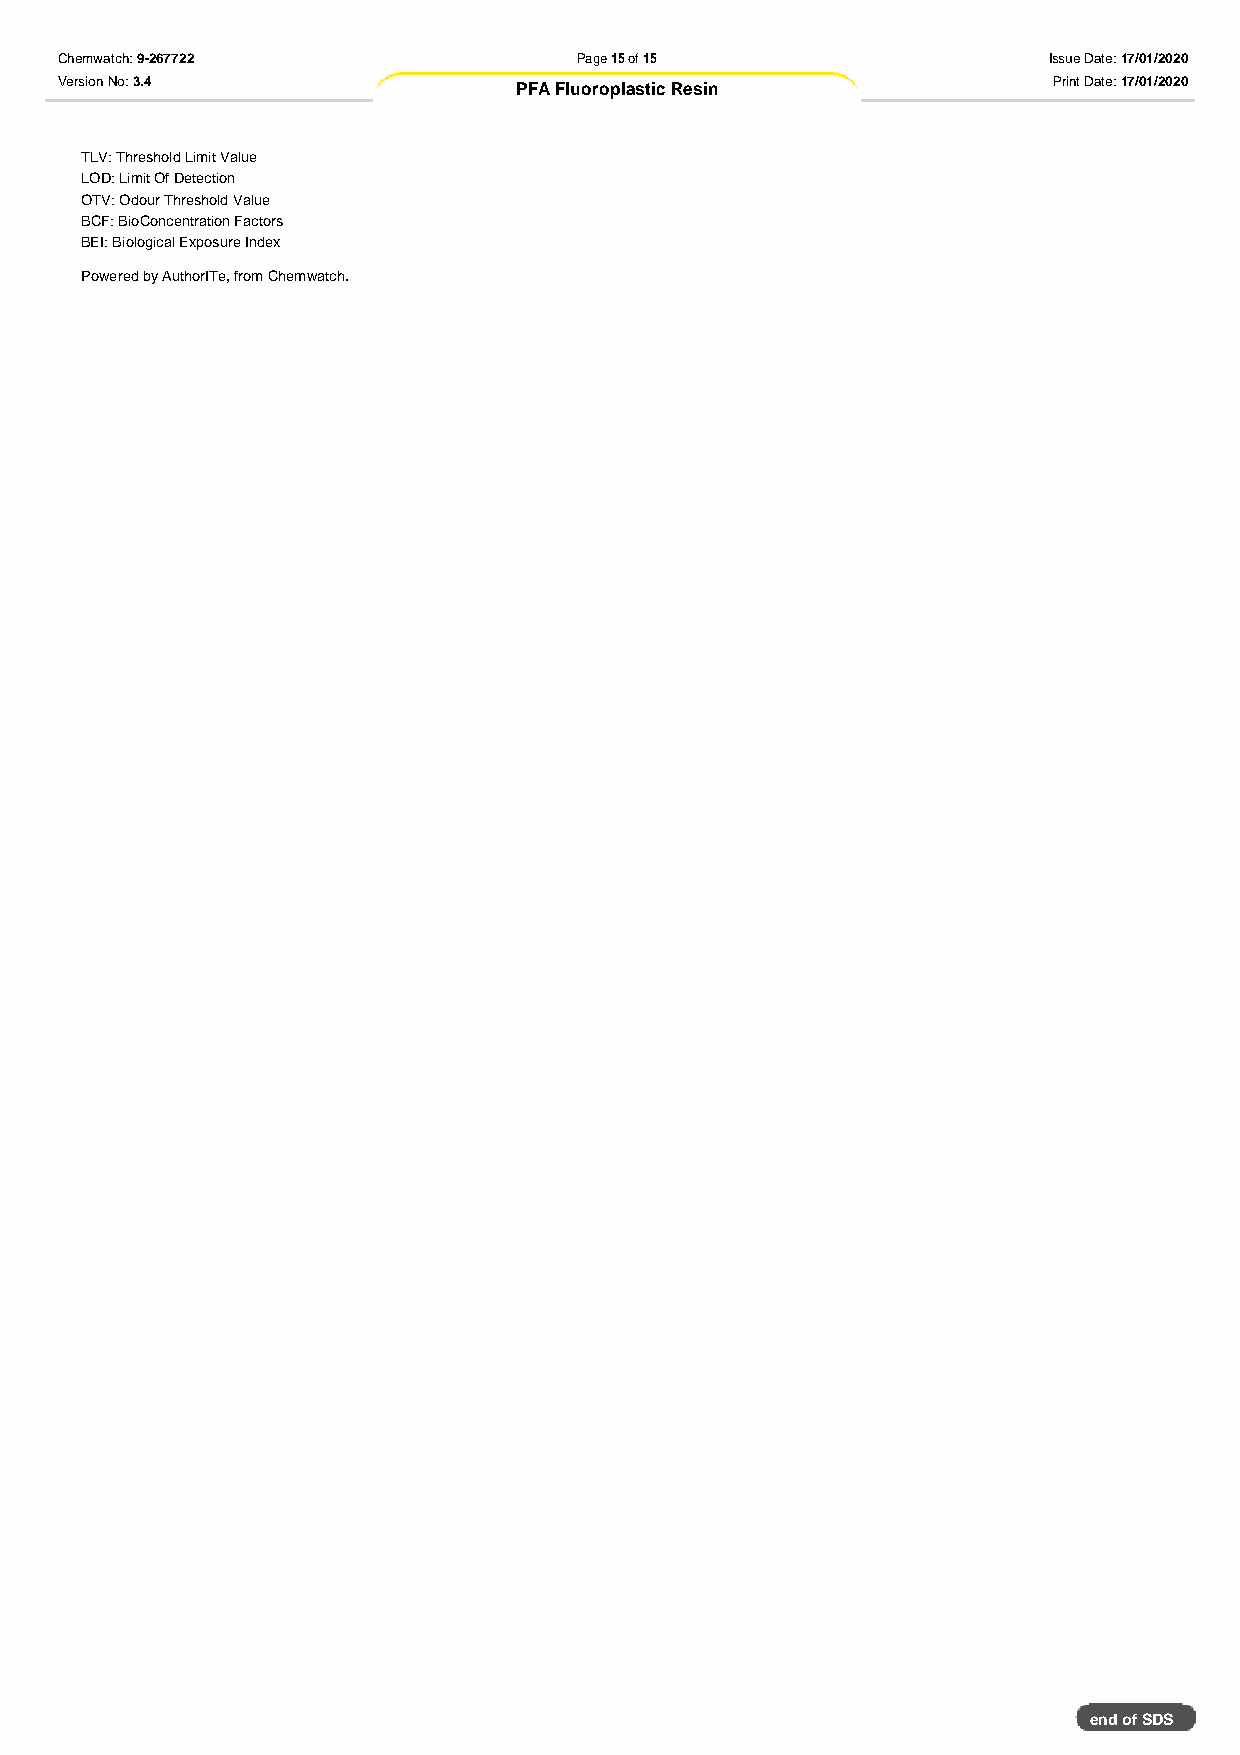
Chemwatch: 9-267722               Page 15 of 15                  Issue Date: 17/01/2020
 Version No: 3.4               PFA Fluoroplastic Resin             Print Date: 17/01/2020
 TLV: Threshold Limit Value
 LOD: Limit Of Detection
 OTV: Odour Threshold Value
 BCF: BioConcentration Factors
 BEI: Biological Exposure Index
 Powered by AuthorITe, from Chemwatch.
 end of SDS